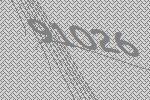
91026